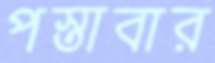
পস্তাবার